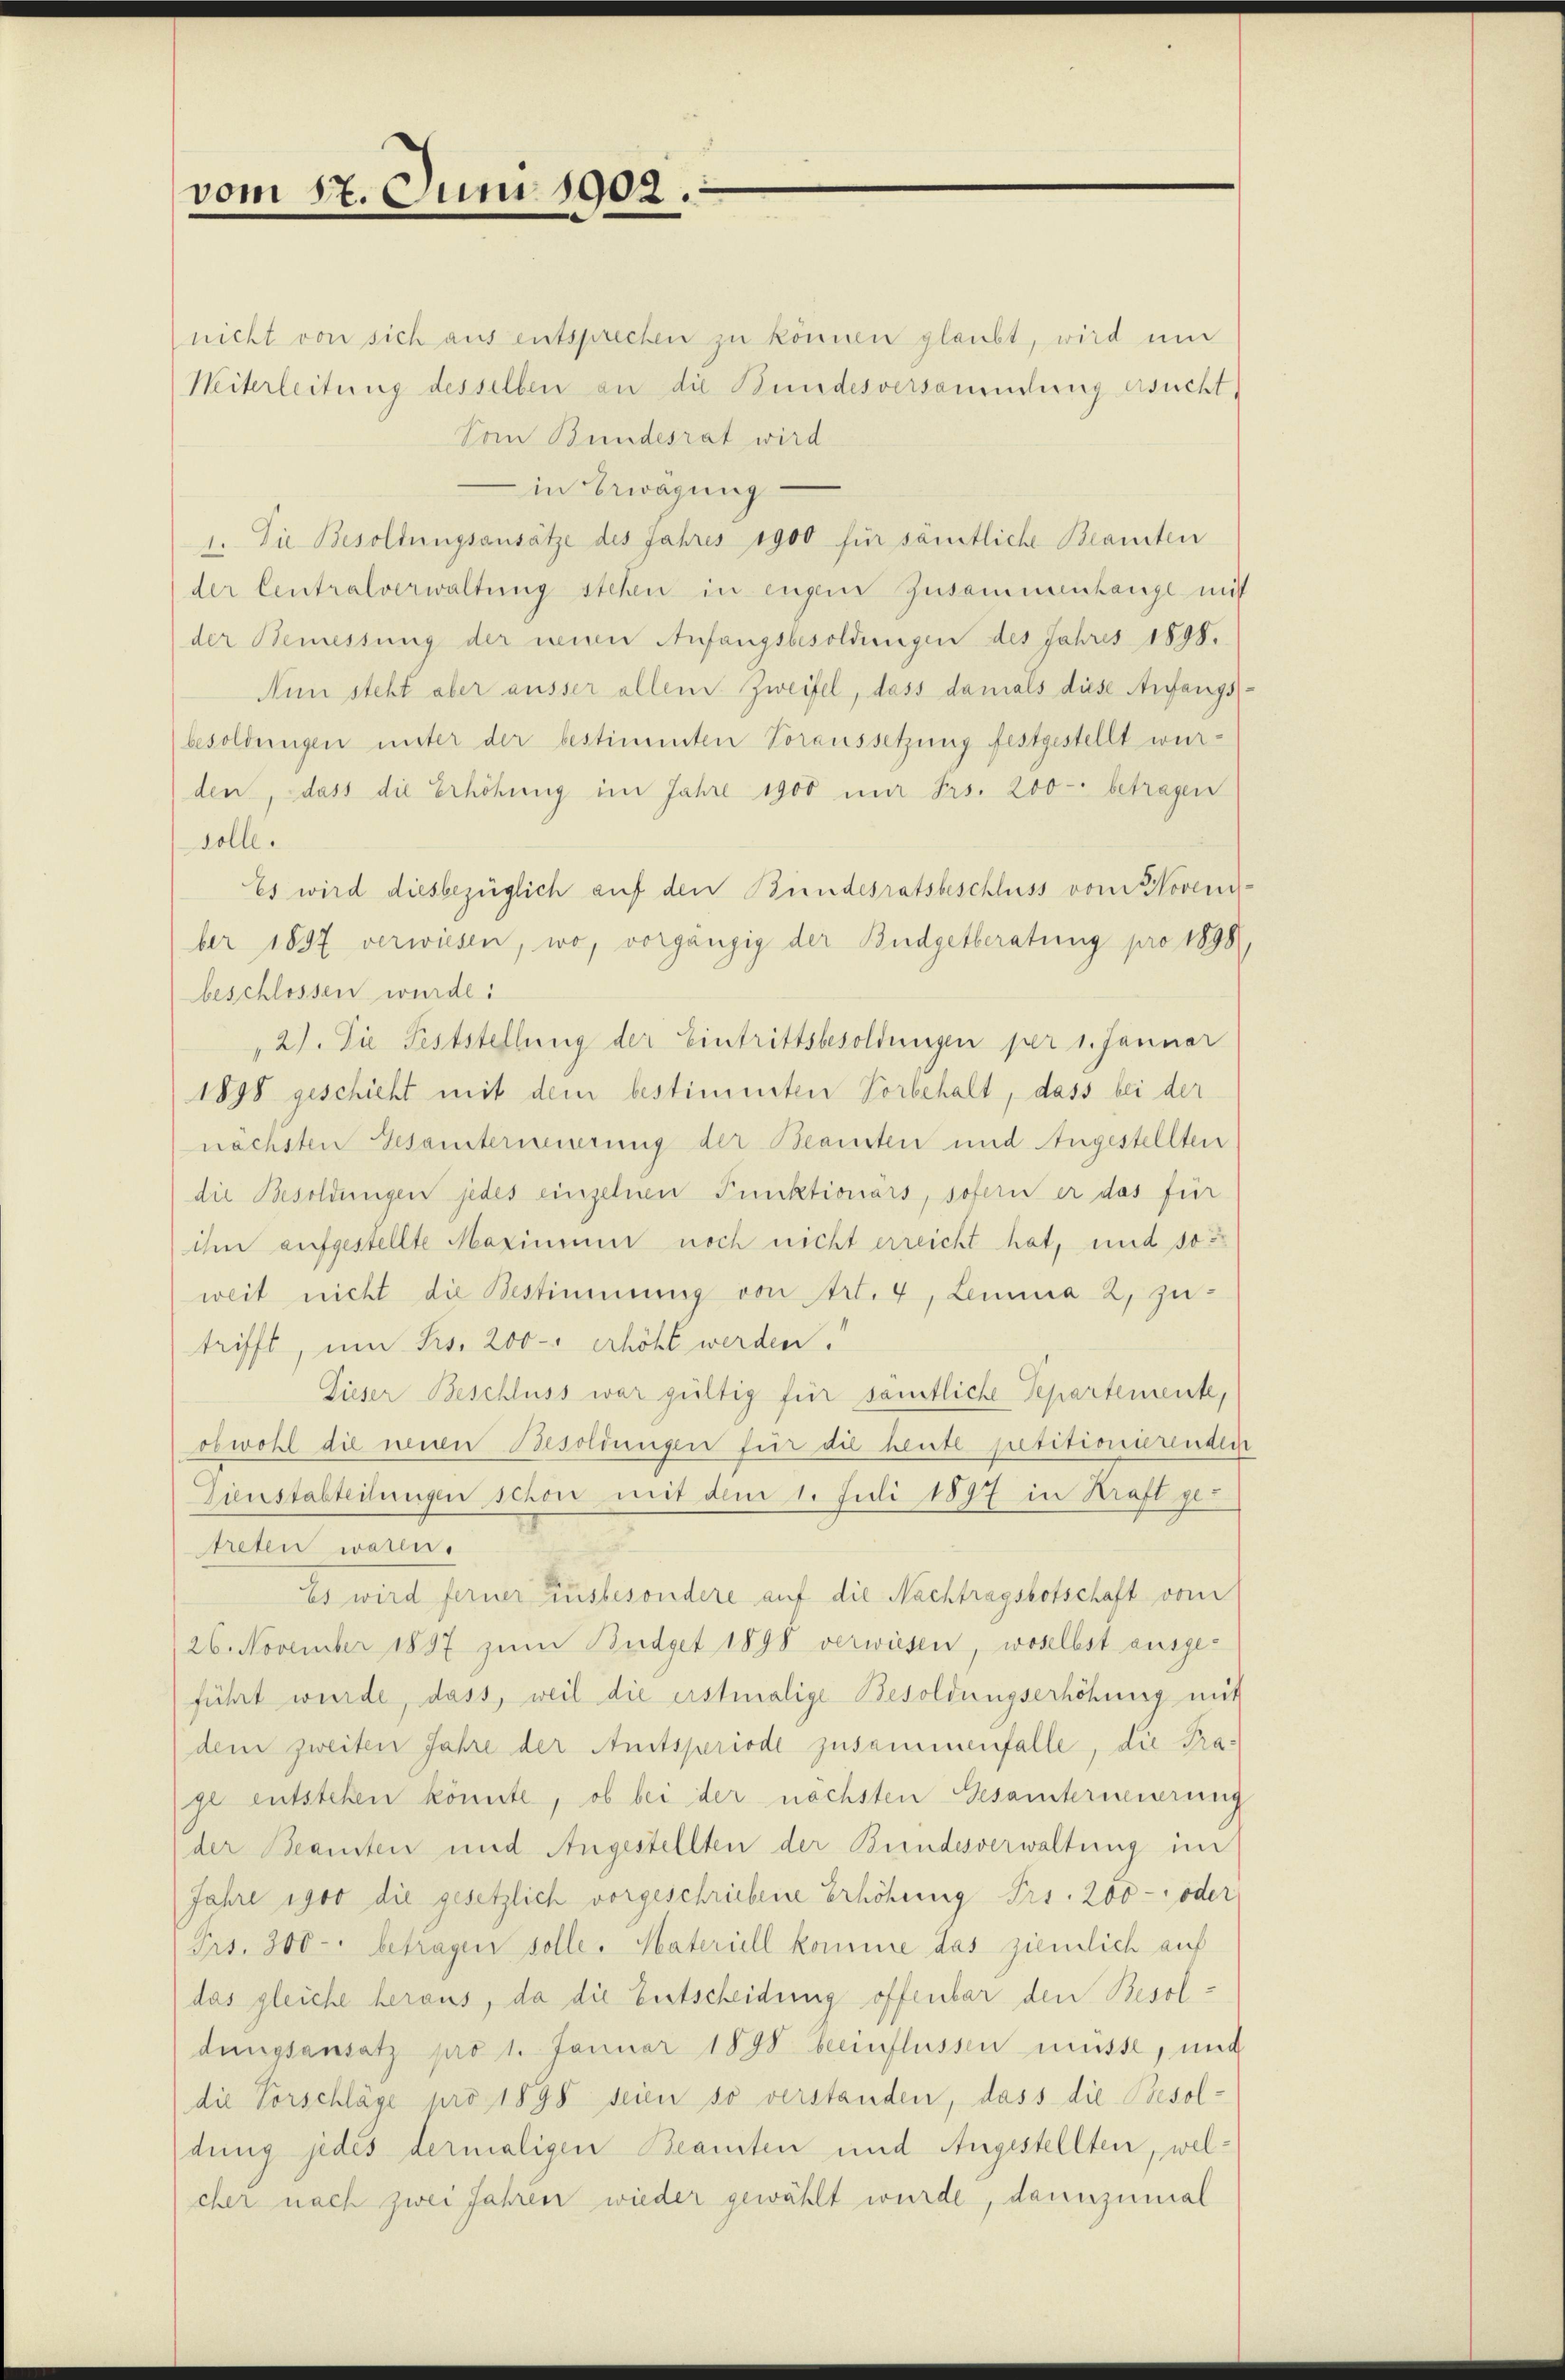
vom 17. Juni 1902.

nicht von sich aus entsprechen zu können glaubt, wird um
Weiterleitung desselben an die Bundesversammlung ersucht.
Vom Bundesrat wird
in Erwägung
1. Die Besoldungsansätze des Jahres 1900 für sämtliche Beamten
der Centralverwaltŭng stehen in engene Zusammenhangt mit
der Bemessung der neuen Anfangsbesoldungen des Jahres 1898.
Nun steht aber ausser allem Zweifel, dass damals diese Anfangs
besoldungen unter der bestimmten Voraussetzung festgestellt wurden, dass die Erhöhung im Jahre 1900 in Frs. 200 betragen
solle.
Es wird diesbezüglich auf den Bundesratsbeschluss vom Noveni
ber 1897 verwiesen, wo, vorgängig der Budgetberatung pro 1898
beschlossen wurde:
2). Die Feststellung der Eintrittsbesoldungen per 1. Januar
1898 geschicht mit dem bestimmten Vorbehalt, dass bei der
nächsten Gesamterneuerung der Beamten und Angestellten
die Besoldungen jedes einzelnen Punktionärs, sofern er das für
ihn aufgestellte Maximum noch nicht erreicht hat, und so
weit nicht die Bestimmung von Art. 4, Lemma 2, zutrifft, um Frs. 200 - erhöht werden.
Lieser Beschluss war gültig für samtliche Separtemente,
obwohl die neuen Besoldungen für die heute petitionierenden
Zienstabteilungen schon mit dem 1. Juli 1897 in Kraft getreten waren.
es wird ferner ausbesondere auf die Nachtragsbotschaft vom
26. November 1897 zum Büdget 1898 verwiesen, woselbst ausgeführt wurde, dass, weil die erstmalige Besoldungserhöhung mit
dem zweiten Jahre der Amtsperiode zusammenfalle, die Prage entstehen könnte, ob bei der nächsten Gesamternierung
der Beamten und Angestellten der Bundesverwaltung im
Jahre 1900 die gesetzlich vorgeschriebene Erhöhung Frs. 200 - oder
Frs. 300 - betragen solle. Materiell komme das ziemlich auf
das gleiche heraus, da die Entscheidung offenbar den Besoldungsansatz pro 1. Januar 1898 beeinflüssen müsse, und
die Vorschläge pro 1898 seien so verstanden, dass die Besoldung jedes dermaligen Beamten und Angestellten, welcher nach zwei Jahren wieder gewählt wurde, dannzumal